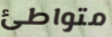
متواطئ